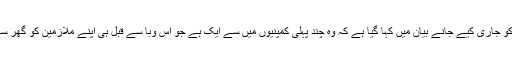
ٹوئٹر کی جانب سے خبر رساں ادارے کو جاری کیے جانے بیان میں کہا گیا ہے کہ وہ چند پہلی کمپنیوں میں سے ایک ہے جو اس وبا سے قبل ہی اپنے ملازمین کو گھر سے کام کرنے کی اجازت دے چکی ہے۔